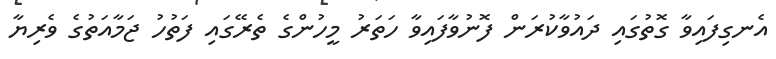
އެނގިފައިވާ ގޮތުގައި ދައުވާކުރަން ފޮނުވާފައިވާ ހަތަރު މީހުންގެ ތެރޭގައި ފަތުހު ޖަމާއަތުގެ ވެރިޔާ